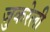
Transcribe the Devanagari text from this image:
जुकरेली